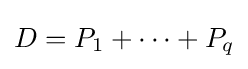
D=P_{1}+\dots +P_{q}